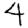
Digit: 4